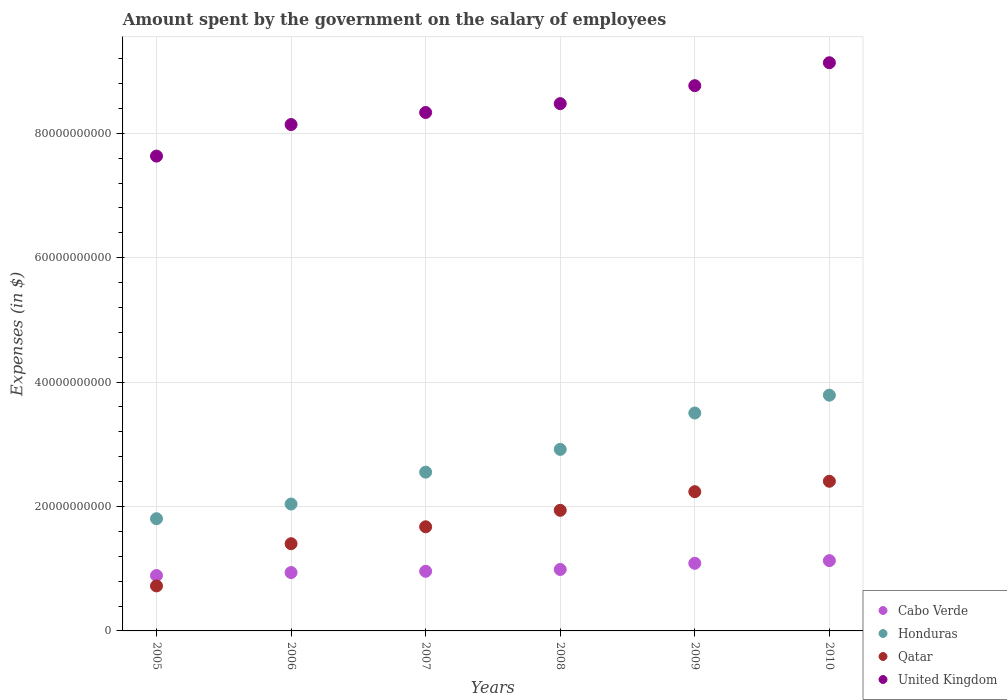
| Years | Cabo Verde | Honduras | Qatar | United Kingdom |
 | --- | --- | --- | --- | --- |
 | 2005 | 8.9e+09 | 1.8e+10 | 7.23e+09 | 7.63e+10 |
 | 2006 | 9.38e+09 | 2.04e+10 | 1.4e+10 | 8.14e+10 |
 | 2007 | 9.59e+09 | 2.55e+10 | 1.67e+10 | 8.33e+10 |
 | 2008 | 9.88e+09 | 2.92e+10 | 1.94e+10 | 8.48e+10 |
 | 2009 | 1.09e+10 | 3.5e+10 | 2.24e+10 | 8.77e+10 |
 | 2010 | 1.13e+10 | 3.79e+10 | 2.41e+10 | 9.13e+10 |